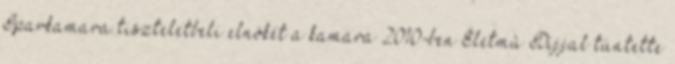
Iparkamara tiszteletbeli elnökét a kamara 2010-ben Életmû Díjjal tüntette